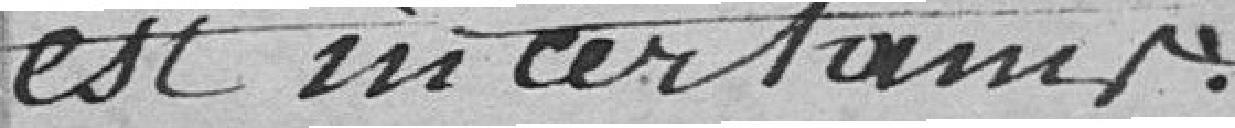
est incertain.